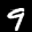
Label: 9